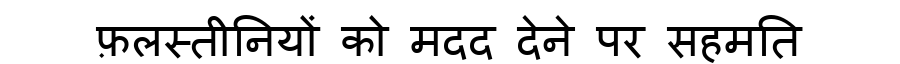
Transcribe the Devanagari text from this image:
फ़लस्तीनियों को मदद देने पर सहमति